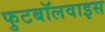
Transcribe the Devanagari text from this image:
फुटबॉलवाइस